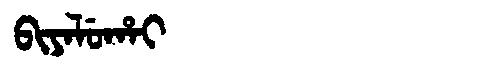
Manchu: ᠪᡳᠶᠠᠯᡠᡥᠠᡳ
Romanization: BIYALUHAI